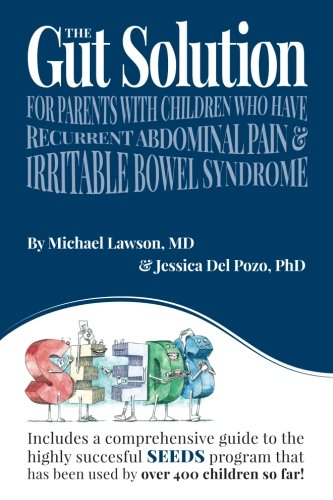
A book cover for The Gut Solution: A guide for Parents with Children who have Recurrent Abdominal Pain  and Irritable Bowel Syndrome; Michael Lawson MD; Health, Fitness & Dieting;